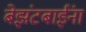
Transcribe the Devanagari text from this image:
बेझंटबाईंना